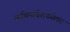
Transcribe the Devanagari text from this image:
सर्वसमावेशकतेवर